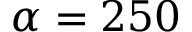
\alpha = 2 5 0